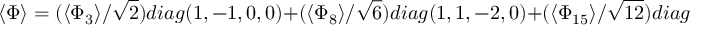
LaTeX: \langle \Phi \rangle = ( { \langle \Phi _ { 3 } \rangle } / \sqrt { 2 } ) d i a g ( 1 , - 1 , 0 , 0 ) + ( { \langle \Phi _ { 8 } \rangle } / \sqrt { 6 } ) d i a g ( 1 , 1 , - 2 , 0 ) + ( { \langle \Phi _ { 1 5 } \rangle } / \sqrt { 1 2 } ) d i a g ( 1 , 1 , 1 , - 3 ) ,